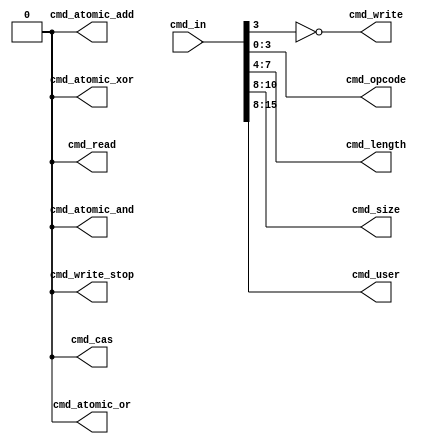
module enoc_decode
  (
   input [15:0] cmd_in,
   output 	cmd_write,
   output 	cmd_write_stop,
   output 	cmd_read,
   output 	cmd_atomic_add,
   output 	cmd_atomic_and,
   output 	cmd_atomic_or,
   output 	cmd_atomic_xor,
   output 	cmd_cas,
   output [3:0] cmd_opcode,
   output [3:0] cmd_length,
   output [2:0] cmd_size,
   output [7:0] cmd_user
   );
   assign cmd_write        = ~cmd_in[3];   
   assign cmd_write_stop   = cmd_in[3:0]==1001;
   assign cmd_read         = cmd_in[3:0]==1000;
   assign cmd_atomic_cas   = cmd_in[3:0]==1011;
   assign cmd_atomic_add   = cmd_in[3:0]==1100;
   assign cmd_atomic_and   = cmd_in[3:0]==1101;
   assign cmd_atomic_or    = cmd_in[3:0]==1110;
   assign cmd_atomic_xor   = cmd_in[3:0]==1111;
   assign cmd_opcode[3:0]  = cmd_in[3:0];
   assign cmd_length[3:0]  = cmd_in[7:4];
   assign cmd_size[2:0]    = cmd_in[10:8];
   assign cmd_user[7:0]    = cmd_in[15:8];
endmodule